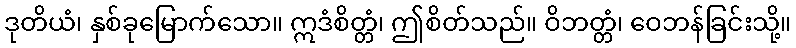
ဒုတိယံ၊ နှစ်ခုမြောက်သော။ ဣဒံစိတ္တံ၊ ဤစိတ်သည်။ ဝိဘတ္တံ၊ ဝေဘန်ခြင်းသို့။